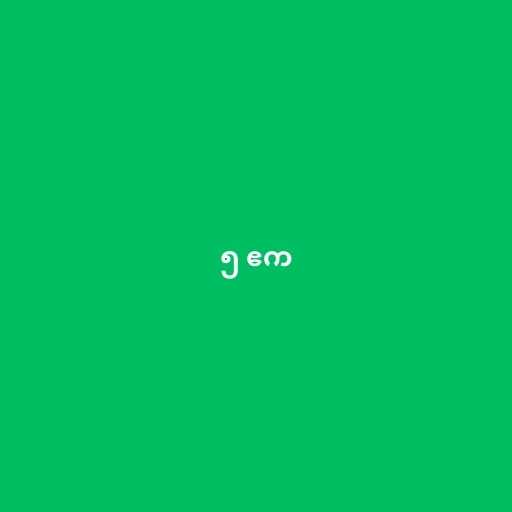
၅ ဧက